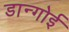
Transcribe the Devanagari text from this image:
डान्गोई